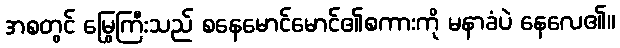
အစတွင် မြွေကြီးသည် စနေမောင်မောင်၏စကားကို မနာခံပဲ နေလေ၏။